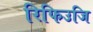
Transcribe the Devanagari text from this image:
रिफिउजि